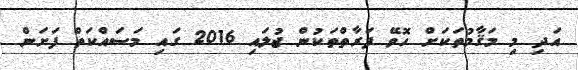
އަދި މި މަޤާމުތަކަށް ހޮވޭ ފަރާތްތަކުން ޖުލައި 2016 ގައި މަސައްކަތް ފަށަން